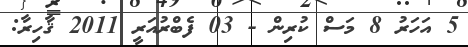
5 އަހަރު 8 މަސް ކުރިން - 03 ފެބްރުއަރީ 2011 ޤާހިރާ: